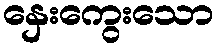
နှေးကွေးသော